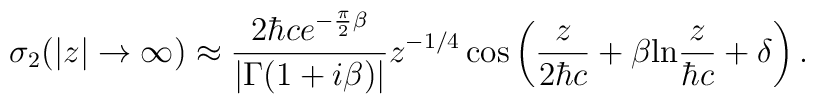
{\sigma}_2 (|z| \to \infty) \approx \frac{ 2{\hbar}ce^{-\frac{\pi}{2}{\beta}} } {| {\Gamma}(1+i{\beta}) |}z^{-1/4} \cos\left(\frac{z}{2{\hbar}c} + \beta {\rm ln}\frac{z}{{\hbar}c}+ \delta \right).